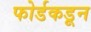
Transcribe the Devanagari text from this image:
फोर्डकडून